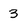
Character: 3